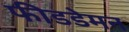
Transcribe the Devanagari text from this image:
फीडडेमन